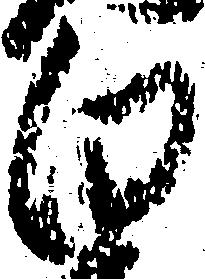
白